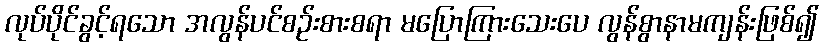
လုပ်ပိုင်ခွင့်ရသော အလွန်ပင်စဉ်းစားစရာ မပြောကြားသေးပေ လွန်စွာနာမကျန်းဖြစ်၍